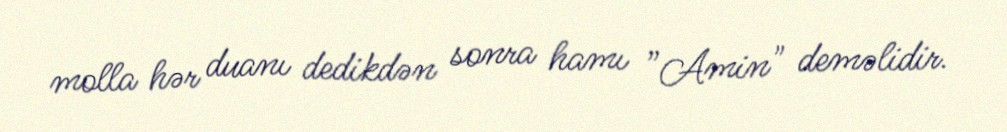
molla hər duanı dedikdən sonra hamı ”Amin" deməlidir.